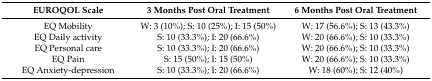
<table><thead><tr><td><b>EUROQOL Scale</b></td><td><b>3 Months Post Oral Treatment</b></td><td><b>6 Months Post Oral Treatment</b></td></tr></thead><tbody><tr><td>EQ Mobility</td><td>W: 3 (10%); S: 10 (25%); I: 15 (50%)</td><td>W: 17 (56.6%); S: 13 (43.3%)</td></tr><tr><td>EQ Daily activity</td><td>S: 10 (33.3%); I: 20 (66.6%)</td><td>W: 20 (66.6%); S: 10 (33.3%)</td></tr><tr><td>EQ Personal care</td><td>S: 10 (33.3%); I: 20 (66.6%)</td><td>W: 20 (66.6%); S: 10 (33.3%)</td></tr><tr><td>EQ Pain</td><td>S: 15 (50%); I: 15 (50%)</td><td>W: 20 (66.6%); S: 10 (33.3%)</td></tr><tr><td>EQ Anxiety-depression</td><td>S: 10 (33.3%); I: 20 (66.6%)</td><td>W: 18 (60%); S: 12 (40%)</td></tr></tbody></table>